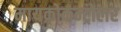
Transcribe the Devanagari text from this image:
मायक्रोकन्ट्रोलर